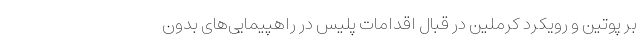
بر پوتین و رویکرد کرملین در قبال اقدامات پلیس در راهپیمایی‌های بدون